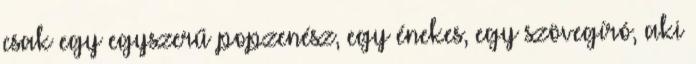
csak egy egyszerű popzenész, egy énekes, egy szövegíró, aki